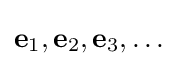
\mathbf {e} _{1},\mathbf {e} _{2},\mathbf {e} _{3},\ldots